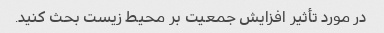
در مورد تأثیر افزایش جمعیت بر محیط زیست بحث کنید.